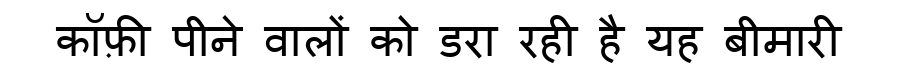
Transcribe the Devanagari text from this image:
कॉफ़ी पीने वालों को डरा रही है यह बीमारी